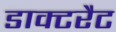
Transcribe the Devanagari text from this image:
डाक्टरैट